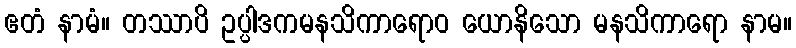
ဧတံ နာမံ။ တဿာပိ ဥပ္ပါဒကမနသိကာရောဝ ယောနိသော မနသိကာရော နာမ။